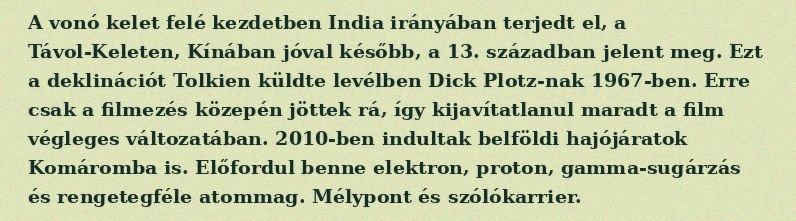
A vonó kelet felé kezdetben India irányában terjedt el, a Távol-Keleten, Kínában jóval később, a 13. században jelent meg. Ezt a deklinációt Tolkien küldte levélben Dick Plotz-nak 1967-ben. Erre csak a filmezés közepén jöttek rá, így kijavítatlanul maradt a film végleges változatában. 2010-ben indultak belföldi hajójáratok Komáromba is. Előfordul benne elektron, proton, gamma-sugárzás és rengetegféle atommag. Mélypont és szólókarrier.